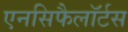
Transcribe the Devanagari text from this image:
एनसिफैलॉर्टस